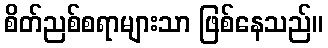
စိတ်ညစ်စရာများသာ ဖြစ်နေသည်။